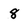
Character: 8